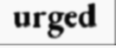
urged